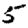
Digit: 5